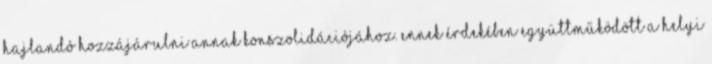
hajlandó hozzájárulni annak konszolidációjához. Ennek érdekében együttműködött a helyi